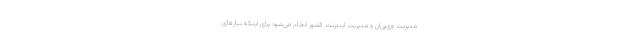
مدیریت وی‌پی‌ان و مدیریت اینترنت کشور انجام می‌شود برای اینکه نیازهای